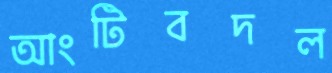
আংটিবদল